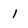
Character: 1